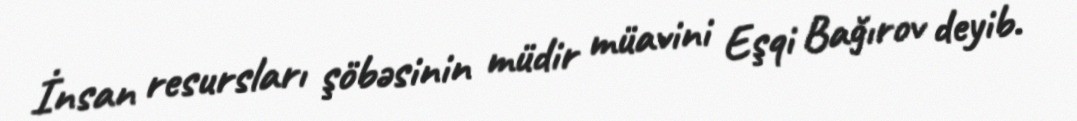
İnsan resursları şöbəsinin müdir müavini Eşqi Bağırov deyib.